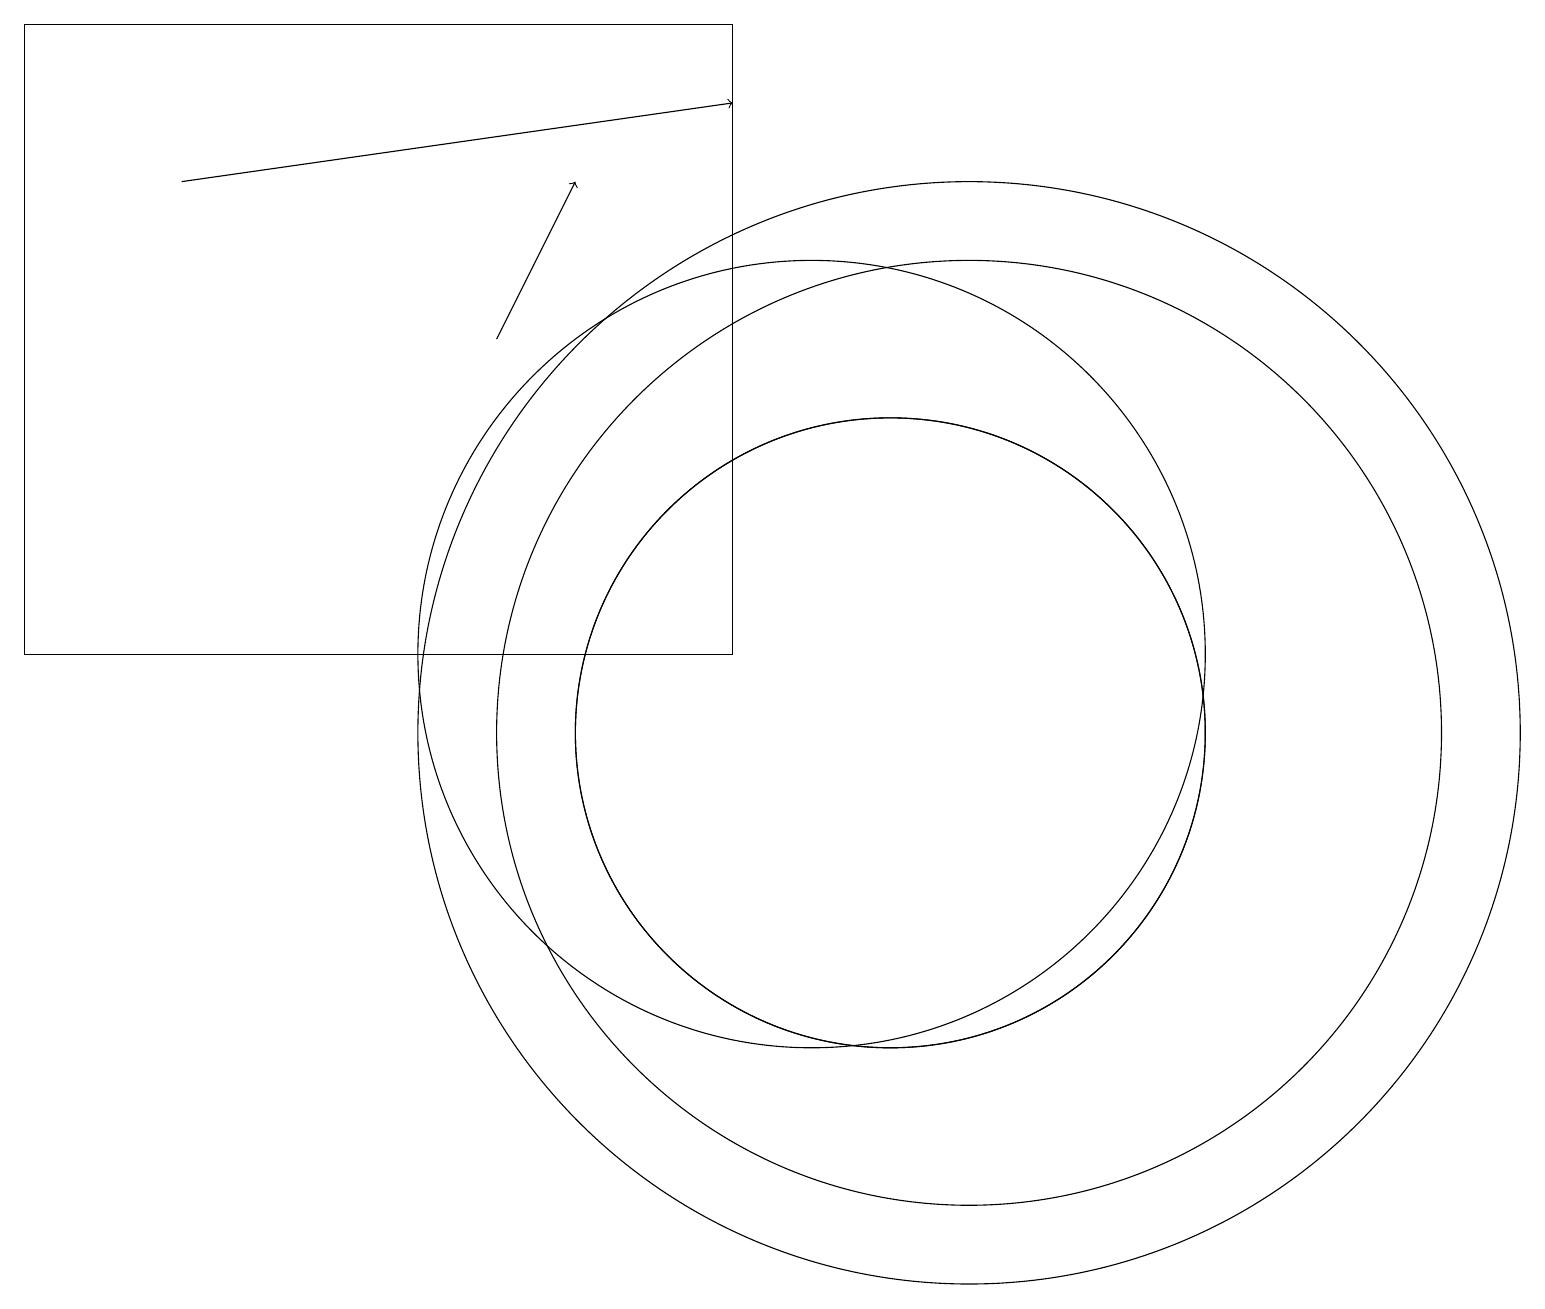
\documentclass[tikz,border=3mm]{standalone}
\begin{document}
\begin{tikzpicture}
\draw[->] (2,17) -- (9,18);
\draw (9,11) rectangle (0,19);
\draw (11,10) circle (4);
\draw (10,11) circle (5);
\draw (12,10) circle (6);
\draw[->] (6,15) -- (7,17);
\draw (11,10) circle (4);
\draw (12,10) circle (7);
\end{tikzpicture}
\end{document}